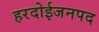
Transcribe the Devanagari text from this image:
हरदोईजनपद